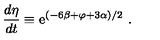
\frac { d \eta } { d t } \equiv \mathrm { e } ^ { ( - 6 \beta + \varphi + 3 \alpha ) / 2 } \ .